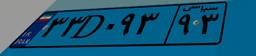
۵۷D۹۱۶۸۹